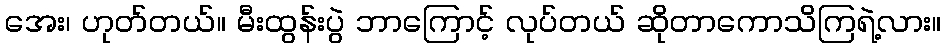
အေး၊ ဟုတ်တယ်။ မီးထွန်းပွဲ ဘာကြောင့် လုပ်တယ် ဆိုတာကောသိကြရဲ့လား။